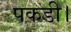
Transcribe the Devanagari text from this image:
पकडी।